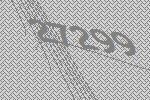
27299